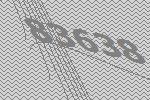
83638